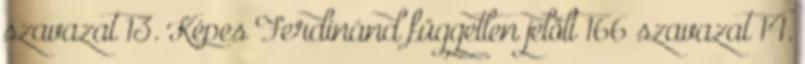
szavazat 13. Képes Ferdinánd független jelölt 166 szavazat 14.